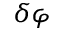
\delta \varphi